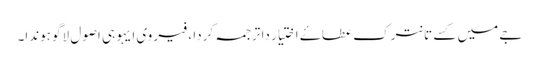
جے میں کسے تانترک عطاۓ اختیار دا ترجمہ کردا ، فیر وی ایہو ہی اصول لاگو ہوندا۔